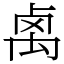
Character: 𥜽